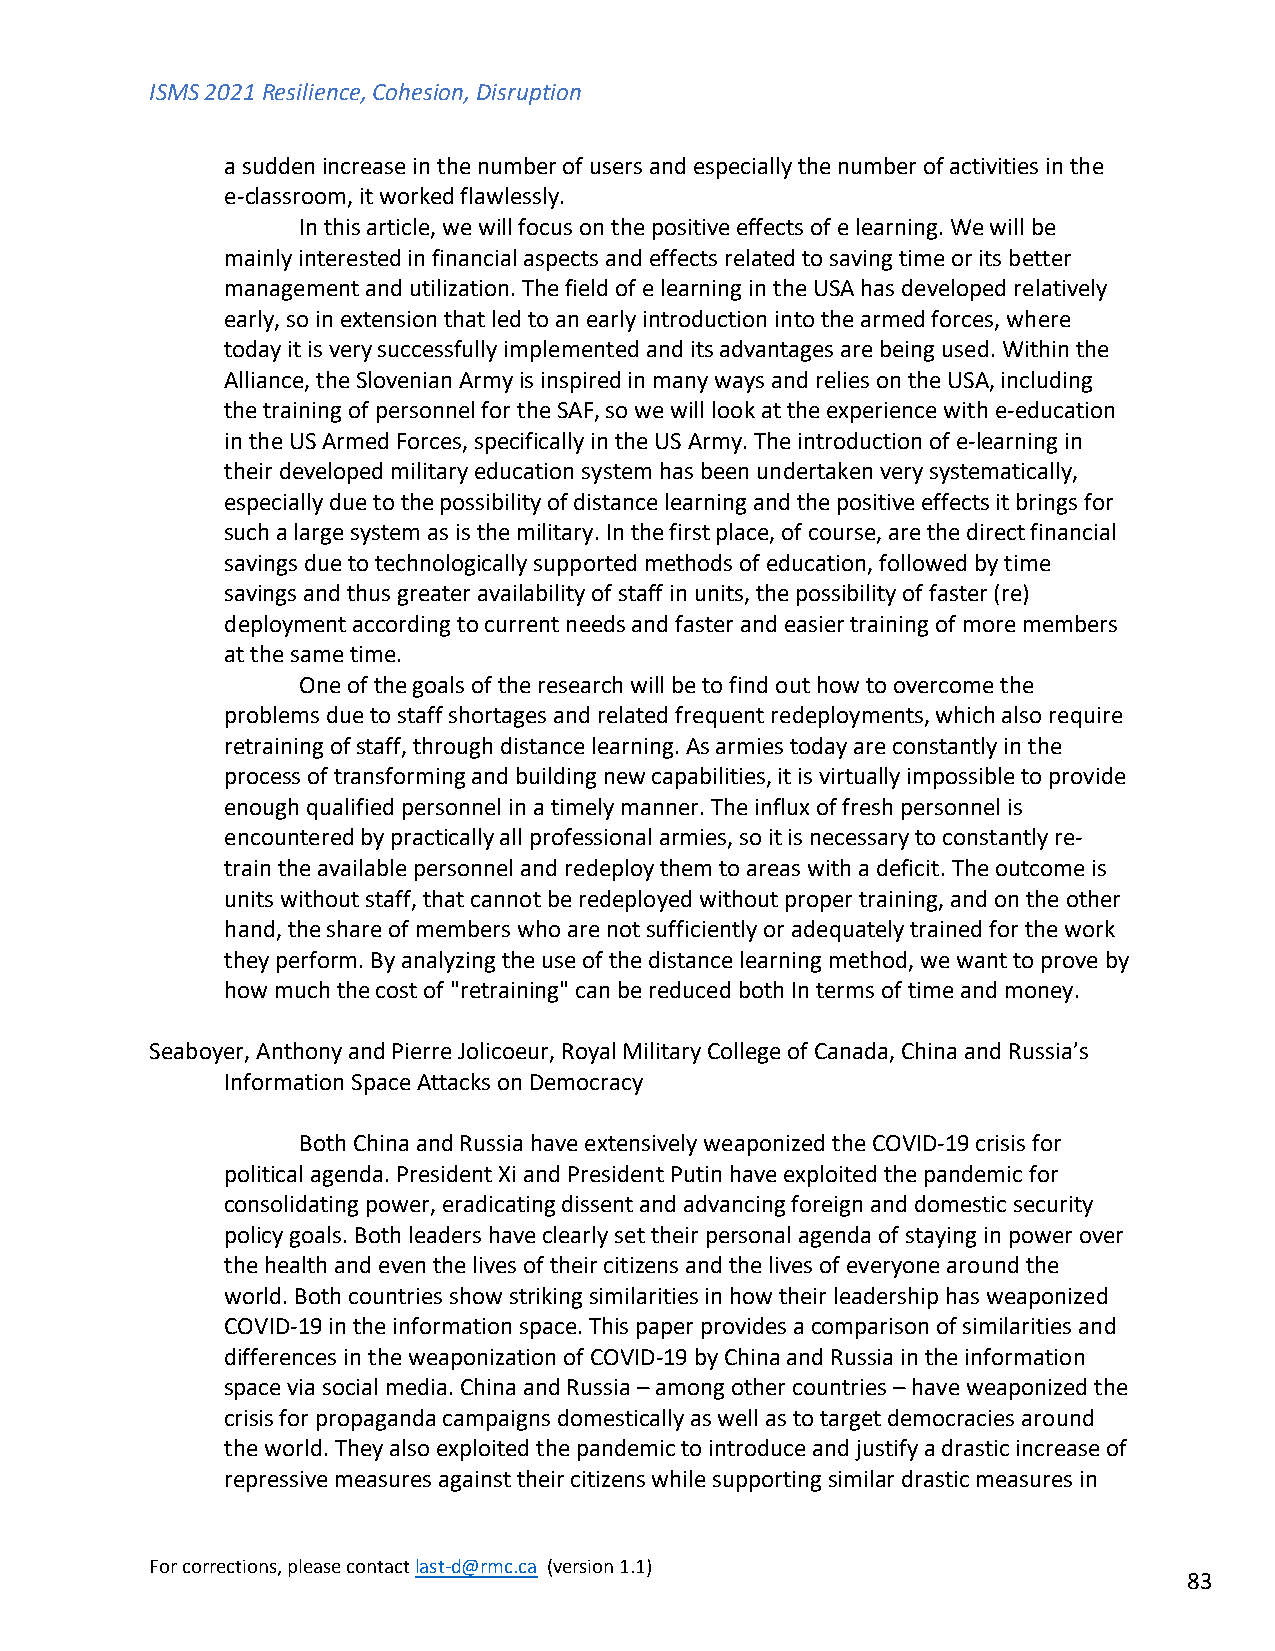
ISMS 2021 Resilience, Cohesion, Disruption
 a sudden increase in the number of users and especially the number of activities in the
 e-classroom, it worked flawlessly.
 In this article, we will focus on the positive effects of e learning. We will be
 mainly interested in financial aspects and effects related to saving time or its better
 management and utilization. The field of e learning in the USA has developed relatively
 early, so in extension that led to an early introduction into the armed forces, where
 today it is very successfully implemented and its advantages are being used. Within the
 Alliance, the Slovenian Army is inspired in many ways and relies on the USA, including
 the training of personnel for the SAF, so we will look at the experience with e-education
 in the US Armed Forces, specifically in the US Army. The introduction of e-learning in
 their developed military education system has been undertaken very systematically,
 especially due to the possibility of distance learning and the positive effects it brings for
 such a large system as is the military. In the first place, of course, are the direct financial
 savings due to technologically supported methods of education, followed by time
 savings and thus greater availability of staff in units, the possibility of faster (re)
 deployment according to current needs and faster and easier training of more members
 at the same time.
 One of the goals of the research will be to find out how to overcome the
 problems due to staff shortages and related frequent redeployments, which also require
 retraining of staff, through distance learning. As armies today are constantly in the
 process of transforming and building new capabilities, it is virtually impossible to provide
 enough qualified personnel in a timely manner. The influx of fresh personnel is
 encountered by practically all professional armies, so it is necessary to constantly re-
 train the available personnel and redeploy them to areas with a deficit. The outcome is
 units without staff, that cannot be redeployed without proper training, and on the other
 hand, the share of members who are not sufficiently or adequately trained for the work
 they perform. By analyzing the use of the distance learning method, we want to prove by
 how much the cost of "retraining" can be reduced both In terms of time and money.
 Seaboyer, Anthony and Pierre Jolicoeur, Royal Military College of Canada, China and Russia’s
 Information Space Attacks on Democracy
 Both China and Russia have extensively weaponized the COVID-19 crisis for
 political agenda. President Xi and President Putin have exploited the pandemic for
 consolidating power, eradicating dissent and advancing foreign and domestic security
 policy goals. Both leaders have clearly set their personal agenda of staying in power over
 the health and even the lives of their citizens and the lives of everyone around the
 world. Both countries show striking similarities in how their leadership has weaponized
 COVID-19 in the information space. This paper provides a comparison of similarities and
 differences in the weaponization of COVID-19 by China and Russia in the information
 space via social media. China and Russia – among other countries – have weaponized the
 crisis for propaganda campaigns domestically as well as to target democracies around
 the world. They also exploited the pandemic to introduce and justify a drastic increase of
 repressive measures against their citizens while supporting similar drastic measures in
 For corrections, please contact last-d@rmc.ca (version 1.1)
 83